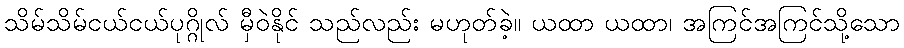
သိမ်သိမ်ငယ်ငယ်ပုဂ္ဂိုလ် မှီဝဲနိုင် သည်လည်း မဟုတ်ခဲ့။ ယထာ ယထာ၊ အကြင်အကြင်သို့သော